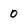
Character: 0